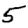
Digit: 5